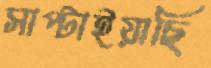
সাপ্‌টাইয়াছি